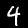
Digit: 4